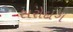
સરોદાગ